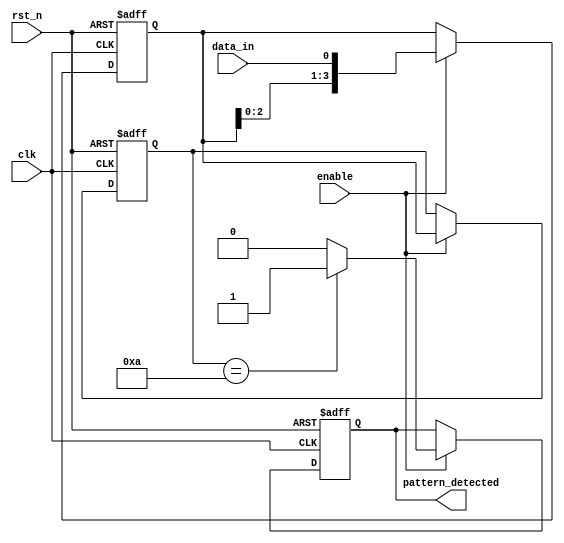
module pattern_detector (
    input wire clk,          // Clock signal
    input wire rst_n,       // Asynchronous reset (active low)
    input wire enable,      // Enable signal for detection
    input wire data_in,     // Input signal to monitor
    output reg pattern_detected // Output signal indicating pattern detection
);

// Parameters for the pattern to be detected
parameter PATTERN_LENGTH = 4; // Length of the pattern
parameter [PATTERN_LENGTH-1:0] TARGET_PATTERN = 4'b1010; // Example pattern

// State registers
reg [PATTERN_LENGTH-1:0] state; // Current state
reg [PATTERN_LENGTH-1:0] prev_state; // Previous state

// Memory block to store previous inputs
reg [PATTERN_LENGTH-1:0] memory;

// Sequential logic for state update
always @(posedge clk or negedge rst_n) begin
    if (!rst_n) begin
        state <= 0;
        prev_state <= 0;
        memory <= 0;
        pattern_detected <= 0;
    end else if (enable) begin
        // Shift the memory to store the previous states
        memory <= {memory[PATTERN_LENGTH-2:0], data_in};
        
        // Update the state with the current input
        prev_state <= state;
        state <= memory;

        // Detection logic
        if (state == TARGET_PATTERN) begin
            pattern_detected <= 1'b1; // Pattern detected
        end else begin
            pattern_detected <= 1'b0; // No pattern detected
        end
    end
end

endmodule